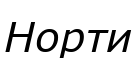
Норти